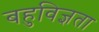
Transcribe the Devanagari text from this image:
बहुविज्ञता